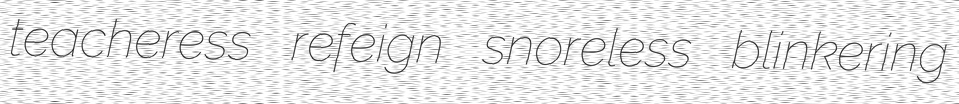
teacheress refeign snoreless blinkering